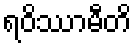
ရဝိဿာမီတိ